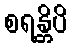
စရန္တိပိ